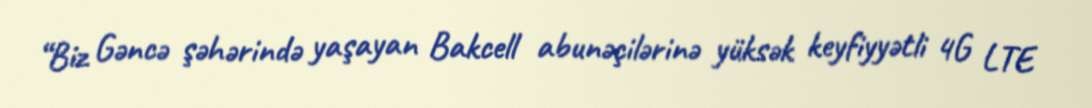
“Biz Gəncə şəhərində yaşayan Bakcell abunəçilərinə yüksək keyfiyyətli 4G LTE